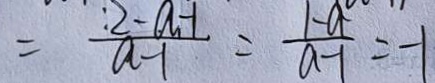
= \frac { : 2 - a - 1 } { a - 1 } = \frac { 1 - a } { a - 1 } = - 1